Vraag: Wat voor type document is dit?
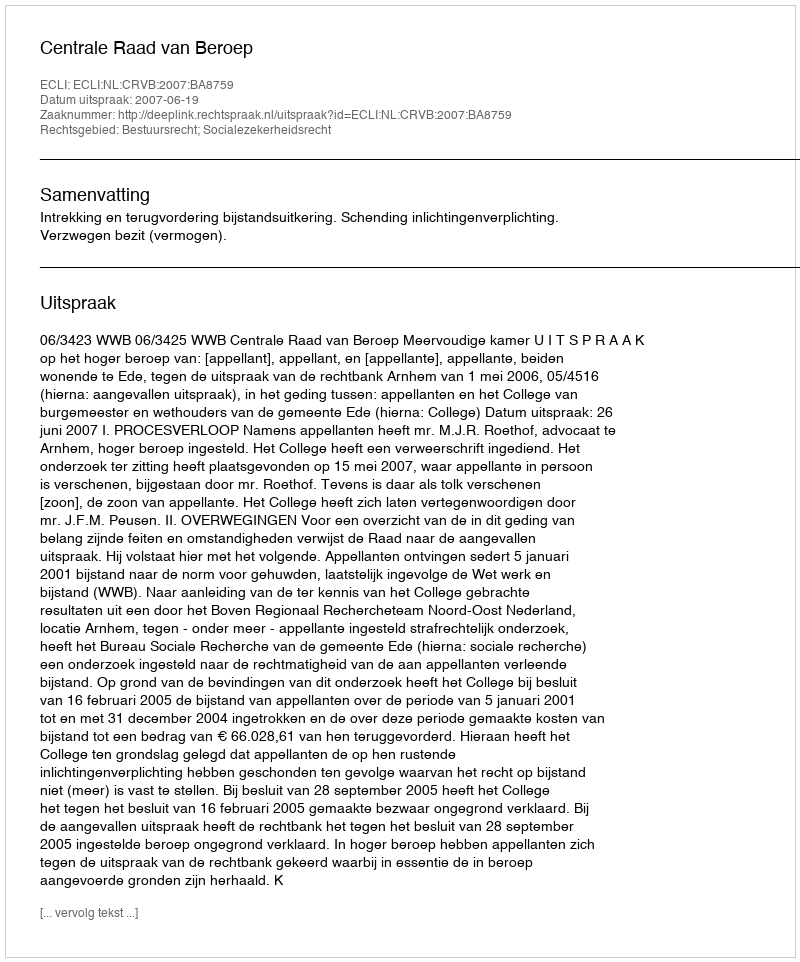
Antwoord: Uitspraak